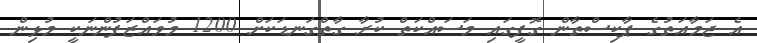
އެ ޖަމާއަތުގެ ޕާކިސްތާން ގޮފީގައި މަސައްކަތް ކުރާ ގާތްގަނޑަކަށް 1200 މުވައްޒަފުންނަކީ މުޅިން